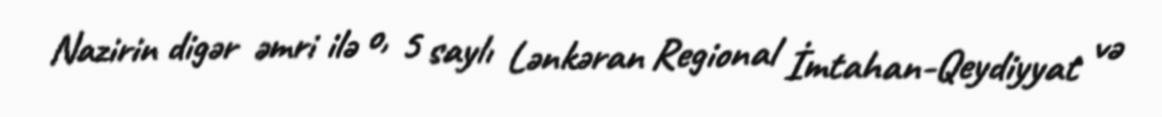
Nazirin digər əmri ilə o, 5 saylı Lənkəran Regional İmtahan-Qeydiyyat və